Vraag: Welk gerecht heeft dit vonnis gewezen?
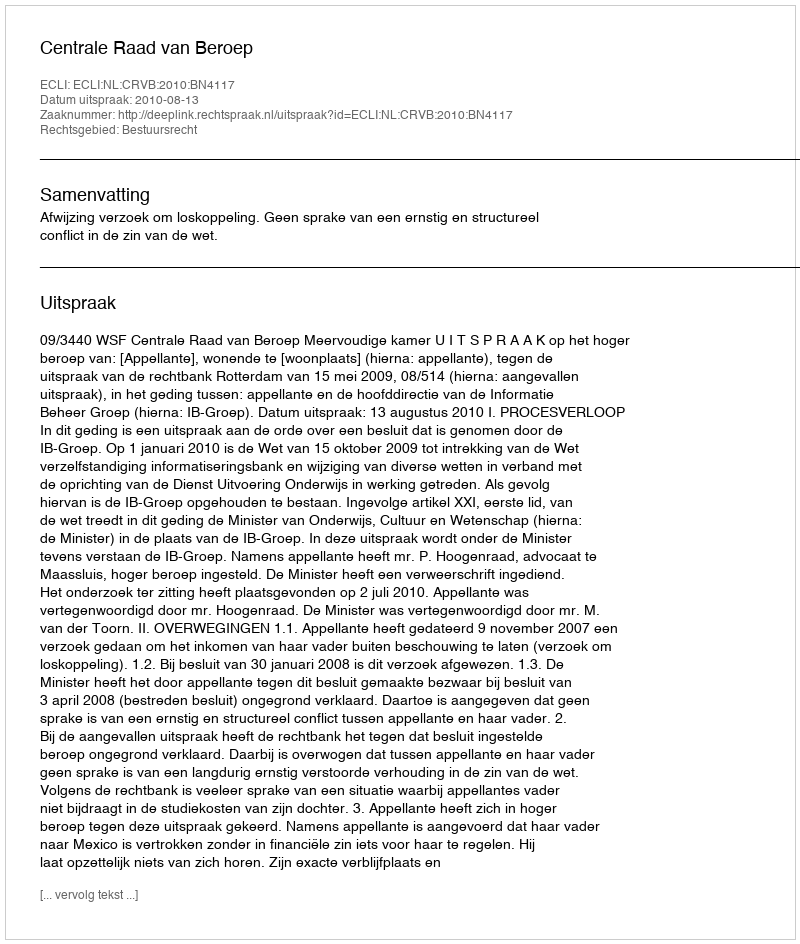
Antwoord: Centrale Raad van Beroep